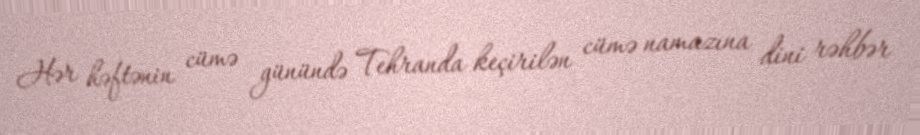
Hər həftənin cümə günündə Tehranda keçirilən cümə namazına dini rəhbər